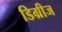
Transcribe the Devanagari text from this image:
डिग्रीज